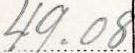
49.08